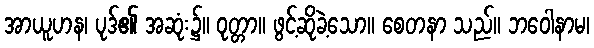
အာယူဟန၊ ပုဒ်၏ အဆုံး၌။ ဝုတ္တာ။ ဖွင့်ဆိုခဲ့သော။ စေတနာ သည်။ ဘဝေါနာမ၊